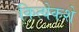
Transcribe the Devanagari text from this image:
कित्येकशे